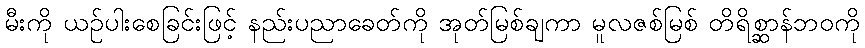
မီးကို ယဉ်ပါးစေခြင်းဖြင့် နည်းပညာခေတ်ကို အုတ်မြစ်ချကာ မူလဇစ်မြစ် တိရိစ္ဆာန်ဘဝကို